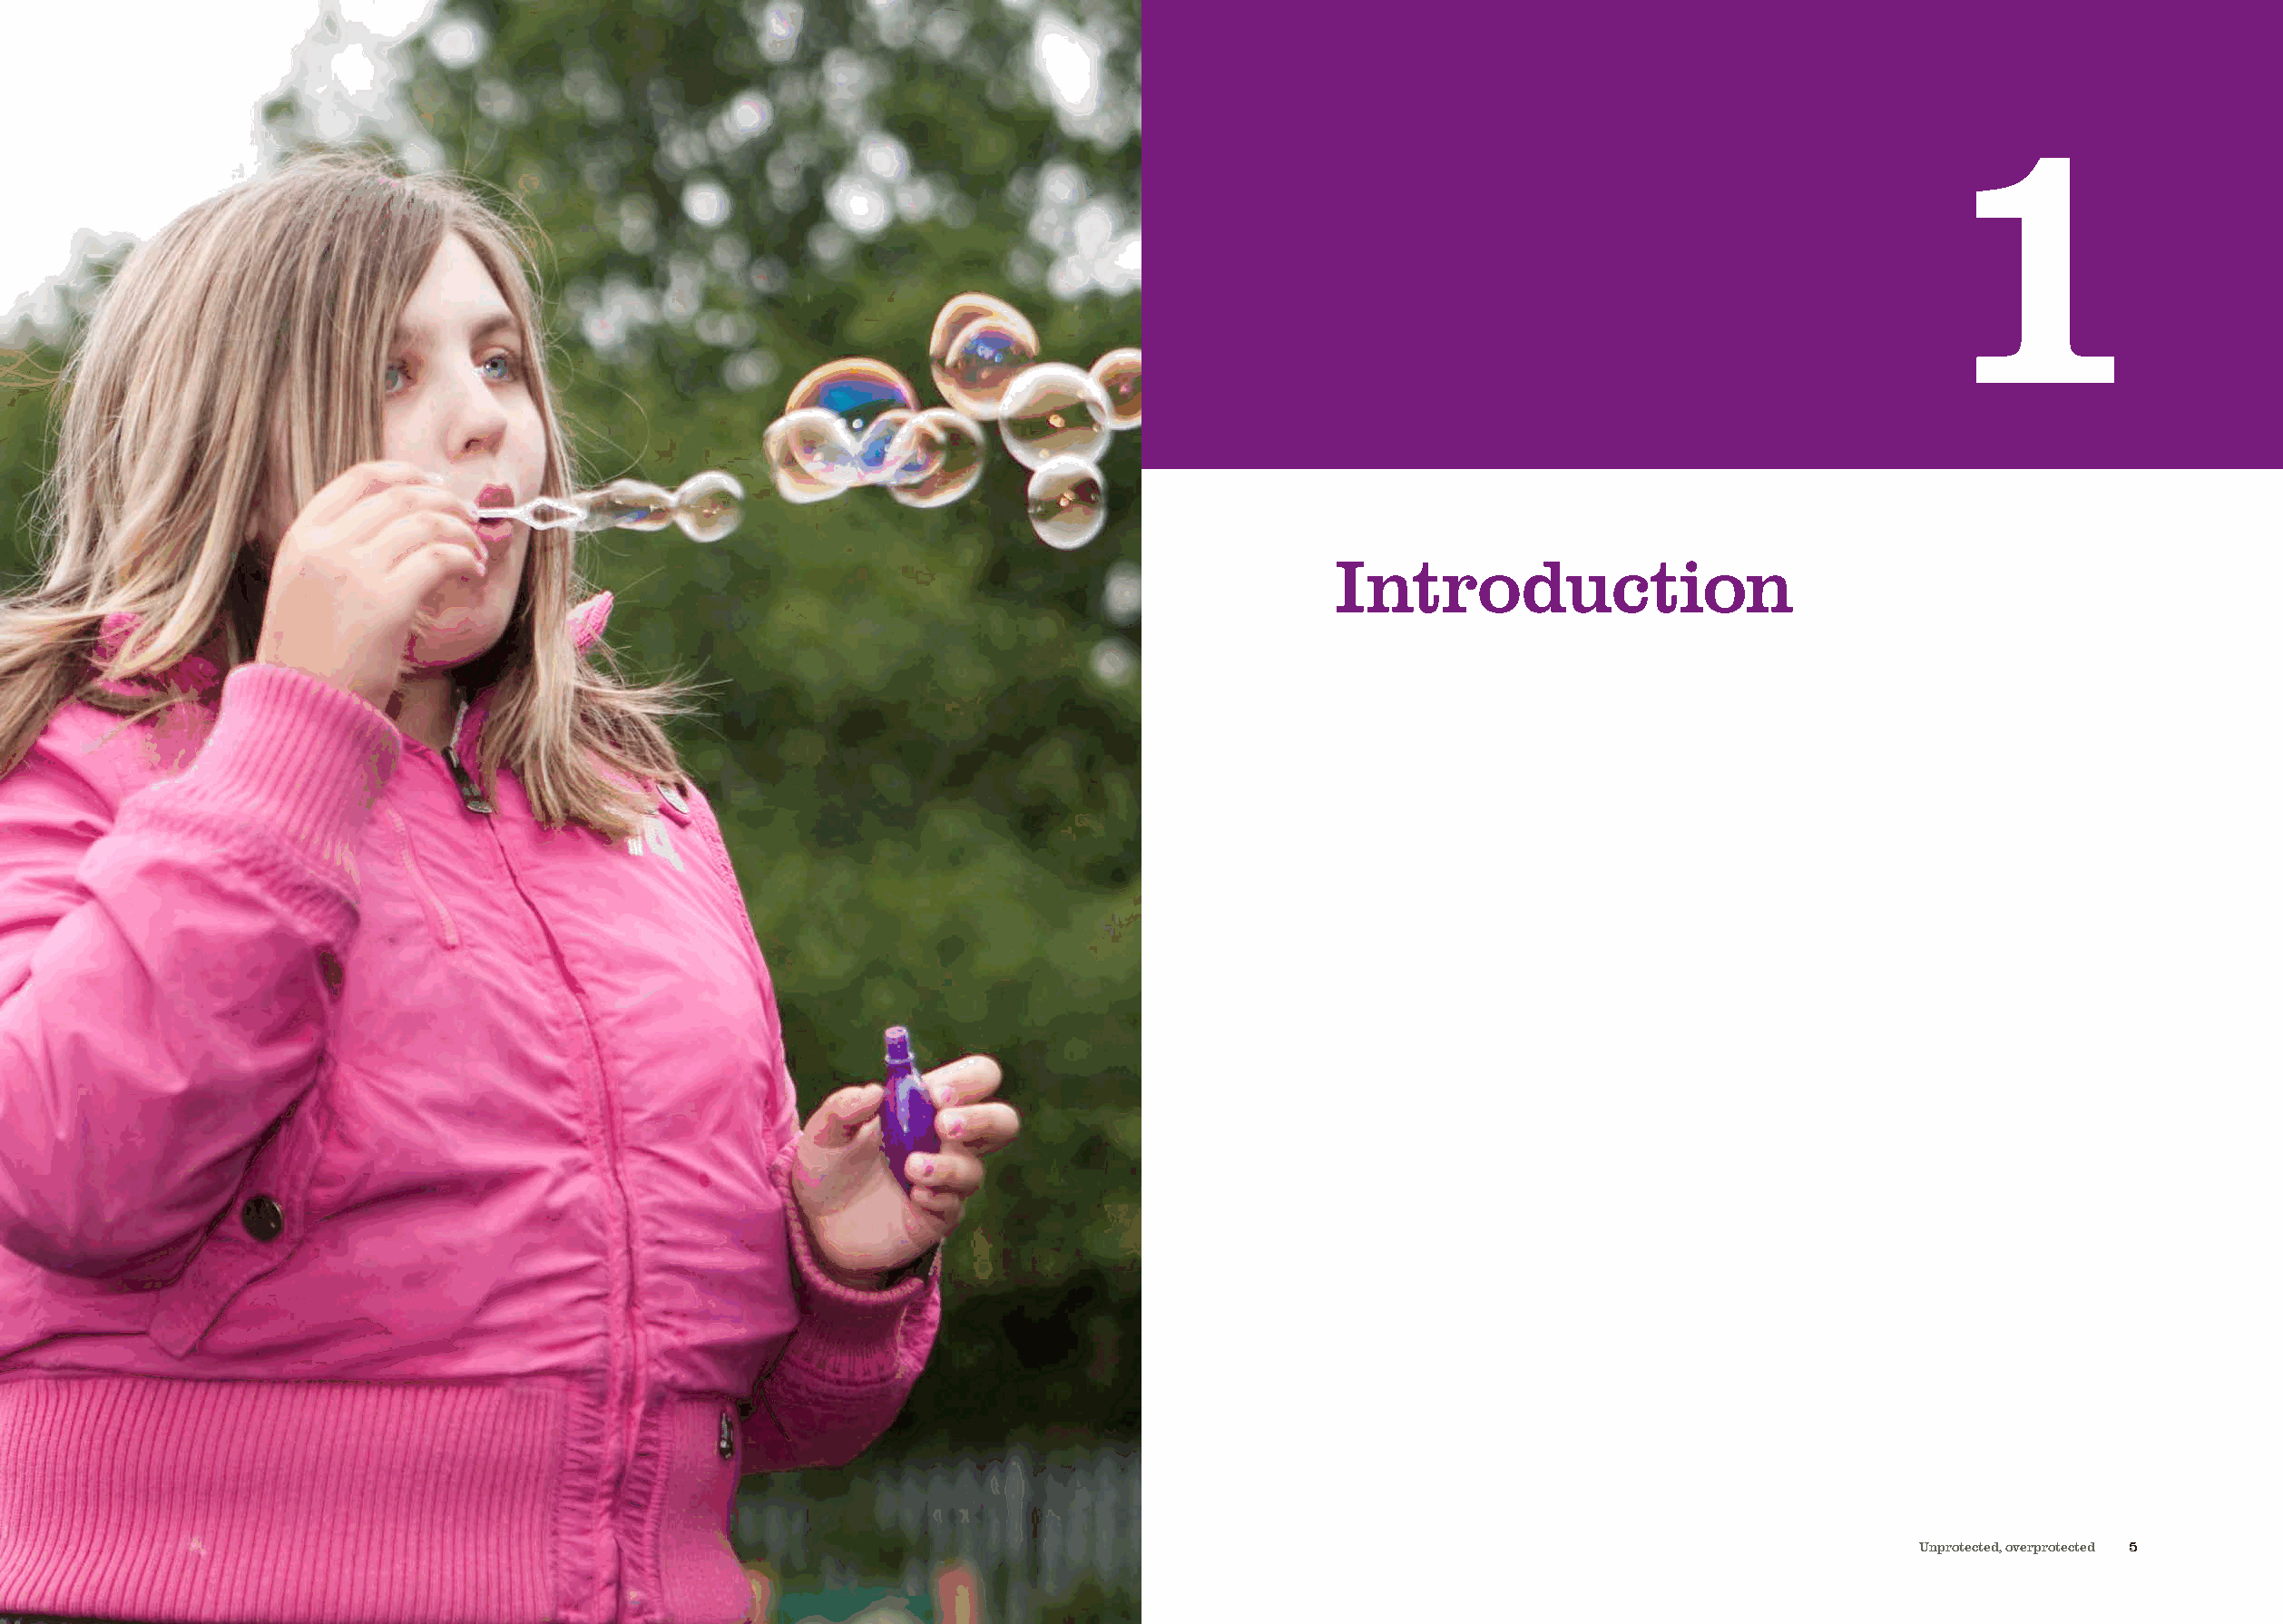
Headings               one      line
 11
 Two       lines
 Main body copy
 IInnttrroodduuccttiioonn
 4 Just one click – revisited                                                                                                     Unprotected, overprotected 5